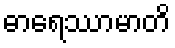
ဓာရေဿာမာတိ